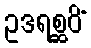
ဥဒရစ္ဆဝိံ